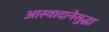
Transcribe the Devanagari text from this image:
आस्वादानेसुद्धा